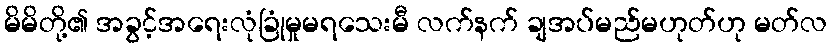
မိမိတို့၏ အခွင့်အရေးလုံခြုံမှုမရသေးမီ လက်နက် ချအပ်မည်မဟုတ်ဟု မတ်လ